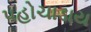
પહોચાડાય